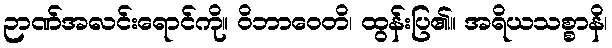
ဉာဏ်အလင်းရောင်ကို။ ဝိဘာဝေတိ၊ ထွန်းပြ၏။ အရိယသစ္စာနိ၊